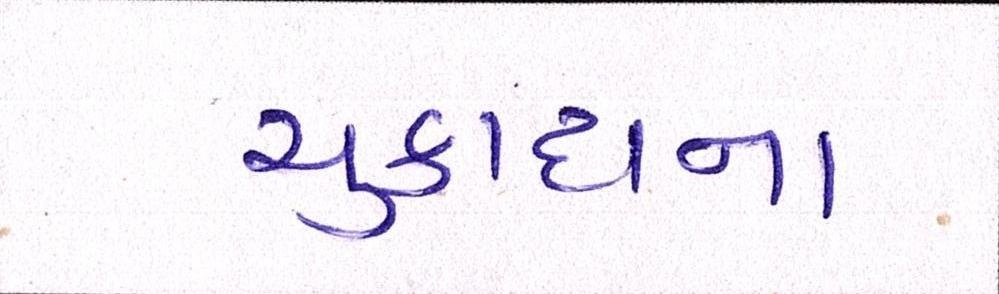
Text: ચુકાદાના